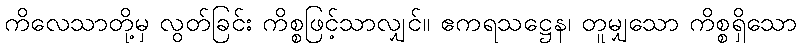
ကိလေသာတို့မှ လွတ်ခြင်း ကိစ္စဖြင့်သာလျှင်။ ဧကရသဋ္ဌေန၊ တူမျှသော ကိစ္စရှိသော